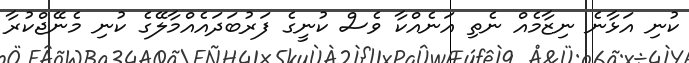
ކުނި އަޅާނެ ނިޒާމެއް ނެތި އަނެއްކާ ވެސް ކުނީގެ ފަރުބަދައެއްމާލޭގެ ކުނި މެނޭޖްކުރާ